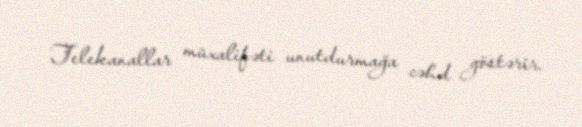
Telekanallar müxalifəti unutdurmağa cəhd göstərir.